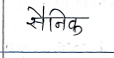
मजकूर: सैनिक